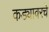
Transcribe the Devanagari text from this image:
कड्यावरचे